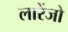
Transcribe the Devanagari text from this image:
लारेंजो